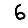
Digit: 6